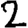
Digit: 2